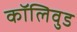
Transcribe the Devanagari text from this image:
कॉलिवुड